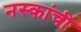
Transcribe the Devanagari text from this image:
नस्कांची